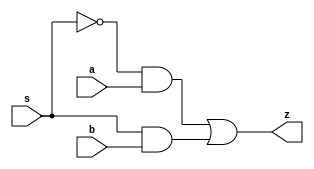
module mux(a,s,b,z);
input a, s, b;
output z;

wire s3, c, d;

not NOT1    (s3, s);
and AND2_1  (c, s3, a);
and AND2_2  (d, s, b);
or  OR2_1   (z, c, d);

endmodule